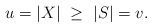
LaTeX: \begin{align*}u = \vert X \vert\ \geq\ \vert S \vert = v. \end{align*}